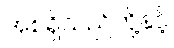
အစရှိသည်တို့နှင့်